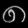
Digit: ၈